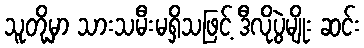
သူတို့မှာ သားသမီးမရှိသဖြင့် ဒီလိုပွဲမျိုး ဆင်း